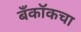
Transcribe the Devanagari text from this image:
बँकॉकचा